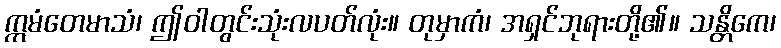
ဣမံတေမာသံ၊ ဤဝါတွင်းသုံးလပတ်လုံး။ တုမှာကံ၊ အရှင်ဘုရားတို့၏။ သန္တိကေ၊